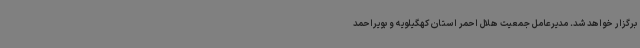
برگزار خواهد شد. مدیرعامل جمعیت هلال احمر استان کهگیلویه و بویراحمد